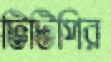
টিটিপির